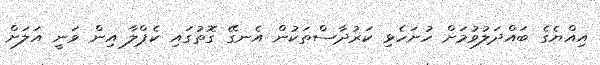
އިއްޔެގެ ބައްދަލުވުމަށް ހުށަހެޅި ކަރުދާސްތަކުން އެނގޭ ގޮތުގައި ކެޕްލާ އިން ވަނީ އަލަށް